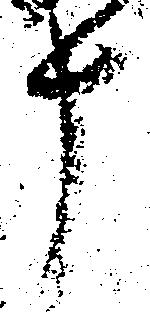
十